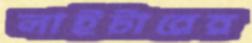
লাইটারের